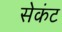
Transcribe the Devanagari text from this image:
सेकंट